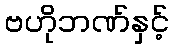
ဗဟိုဘဏ်နှင့်